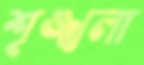
শৃঙ্খলা